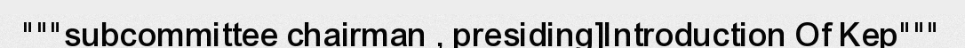
"""subcommittee chairman , presiding]Introduction Of Kep"""